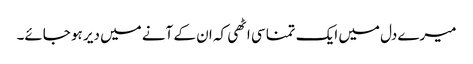
میرے دل میں ایک تمنا سی اٹھی کہ ان کے آنے میں دیر ہو جائے۔